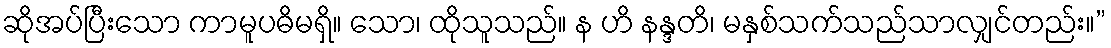
ဆိုအပ်ပြီးသော ကာမူပဓိမရှိ။ သော၊ ထိုသူသည်။ န ဟိ နန္ဒတိ၊ မနှစ်သက်သည်သာလျှင်တည်း။”